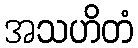
အသဟိတံ